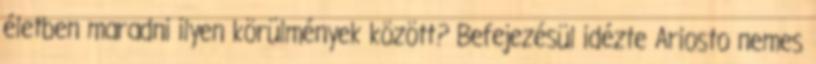
életben maradni ilyen körülmények között? Befejezésül idézte Ariosto nemes